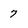
Character: 7